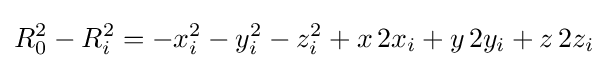
R_{0}^{2}-R_{i}^{2}=-x_{i}^{2}-y_{i}^{2}-z_{i}^{2}+x\,2x_{i}+y\,2y_{i}+z\,2z_{i}